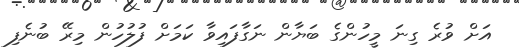
އަށް ވުރެ ގިނަ މީހުންގެ ބަޔާން ނަގާފައިވާ ކަމަށް ފުލުހުން މިރޭ ބުނެފި